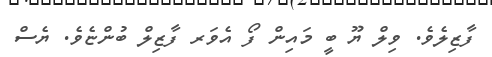
ފާޒިލެވެ. ވިލް ޔޫ ބީ މައިން ފޯ އެވަރ ފާޒިލް ބުންޏެވެެ. ޔެސް